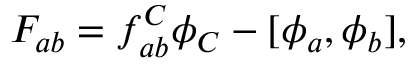
F _ { a b } = f _ { a b } ^ { C } \phi _ { C } - [ \phi _ { a } , \phi _ { b } ] ,